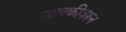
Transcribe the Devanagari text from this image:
मालकीवरुन